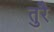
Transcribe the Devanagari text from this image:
तुरै